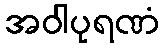
အဝါပုရဏံ